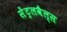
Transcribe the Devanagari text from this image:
सेंट्रलवैल्स